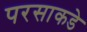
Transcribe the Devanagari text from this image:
परसाकडे